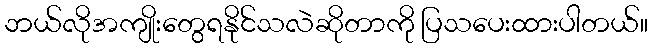
ဘယ်လိုအကျိုးတွေရနိုင်သလဲဆိုတာကို ပြသပေးထားပါတယ်။